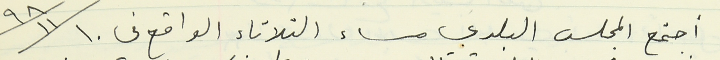
اجتمع المجلس البلدي مساء الثلاثاء الواقع في  ٩٨/١١/١٠